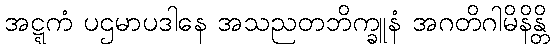
အဋ္ဋကံ ပဌမာပဒါနေ အသညတဘိက္ခူနံ အဂတိဂါမိနိန္တိ